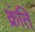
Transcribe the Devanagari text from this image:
क्रंति